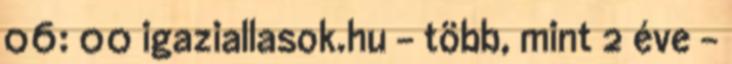
06: 00 igaziallasok.hu - több, mint 2 éve -